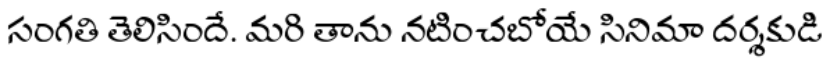
సంగతి తెలిసిందే. మరి తాను నటించబోయే సినిమా దర్శకుడి